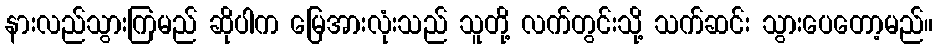
နားလည်သွားကြမည် ဆိုပါက မြေအားလုံးသည် သူတို့ လက်တွင်းသို့ သက်ဆင်း သွားပေတော့မည်။